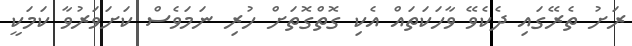
ރަށު ތެރޭގައި ދެކެވޭ ވާހަކަތައް އެކި ގޮތްގޮތަށް ހުރި ނަމަވެސް ކަށަވަރުވާ ކަމަކީ